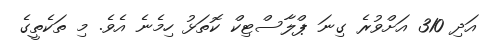
އަދި 310 އަށްވުރެ ގިނަ ޕްލާސްޓިކް ކޮތަޅު ހިމެނެ އެވެ. މި ތަކެތީގެ